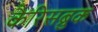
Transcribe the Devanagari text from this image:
कैरिसब्रुक